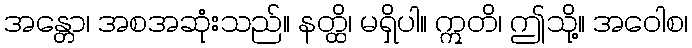
အန္တော၊ အစအဆုံးသည်။ နတ္ထိ၊ မရှိပါ။ ဣတိ၊ ဤသို့။ အဝေါစ၊